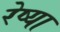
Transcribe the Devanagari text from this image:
रेष्या